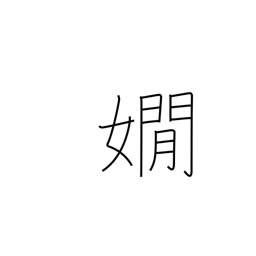
Meaning: refined